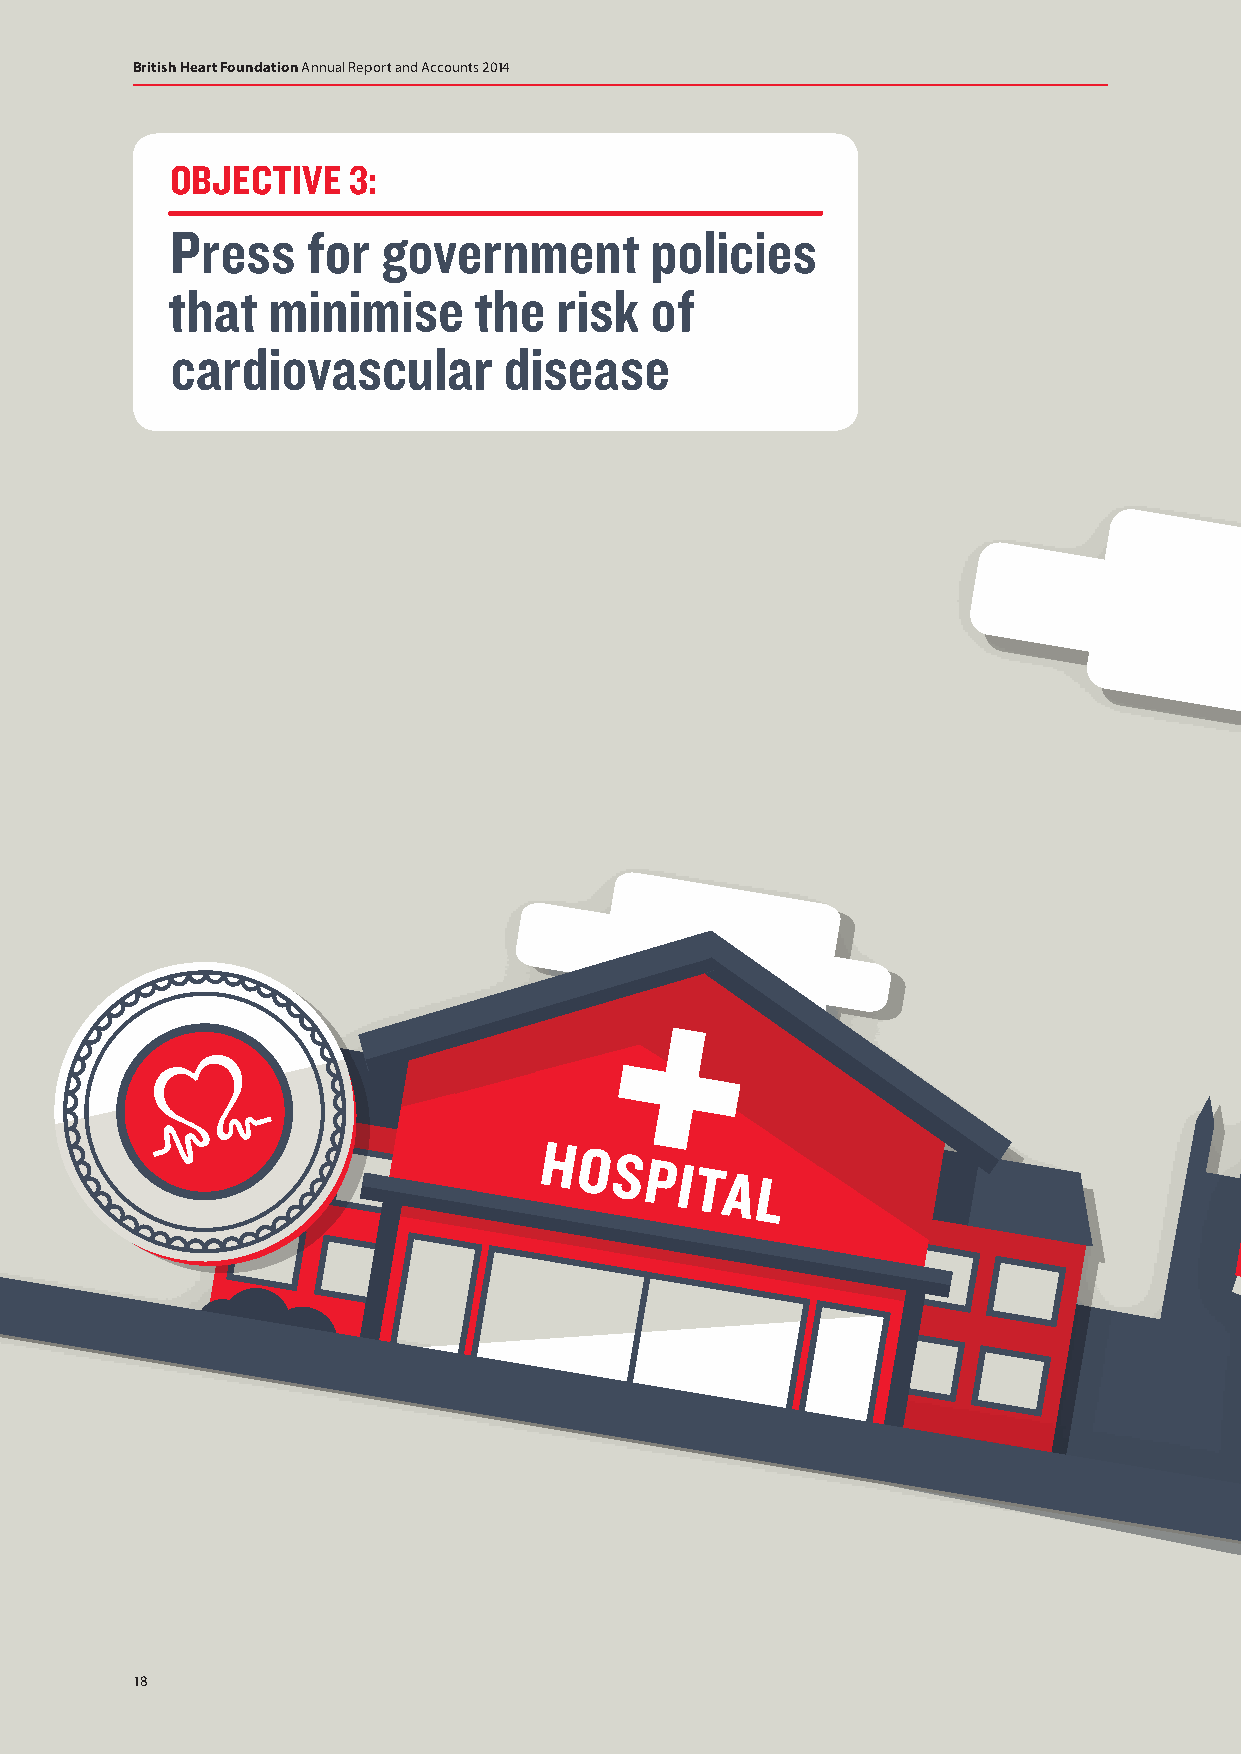
British Heart Foundation Annual Report and Accounts 2014
 OBJECTIVE   3:
 Press    for  government        policies
 that   minimise     the   risk  of
 cardiovascular        disease
 S SM CM
 A
 CO
 A
 OCO OCK ATK ATE LIE
 LO
 IF
 I
 O
 TF IR
 N
 TIR NE
 O I
 E
 O
 E NE
 N
 S SM MO OK KE EF FR RE EE
 E
 A AC CT TIO ION
 N
 C CO OA AL LIT ITIO ION
 N
 H HO OS SP PI IT TA AL
 L
 S SM MO OK KE EF FR RE EE
 E
 A AC CT TIOION
 N
 C CO OA AL LITITIOION
 N
 18